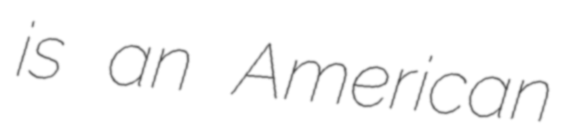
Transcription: is an American